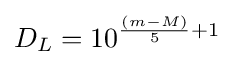
D_{L}=10^{{\frac {(m-M)}{5}}+1}